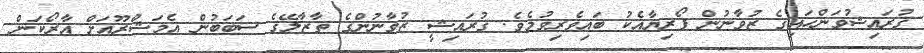
ޤުރައިޝުވަންހައިގެ ޒުވާނުން ފޯރިޔާއެކު ބައިވެރިވުމެވެ. ޤުރައިޝީ ޒުވާނުންގެ ތާޒާލޭގެ ސަބަބުން އެމަޝްރޫއަށް އާރޯކަން